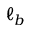
\ell _ { b }